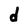
Character: d